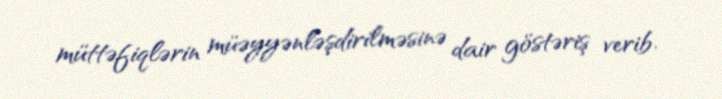
müttəfiqlərin müəyyənləşdirilməsinə dair göstəriş verib.